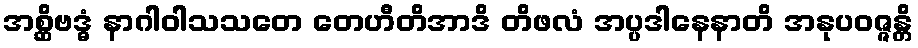
အစ္ဆိဗဒ္ဓံ နာဂါဝါသသတေ တေဟီတိအာဒိ တိဖလံ အပ္ပဒါနေနာတိ အနုပဝဇ္ဇန္တိ